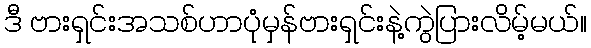
ဒီ ဗားရှင်းအသစ်ဟာပုံမှန်ဗားရှင်းနဲ့ကွဲပြားလိမ့်မယ်။